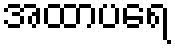
အထာပရေ